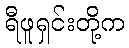
ရီဖူရှင်းတို့က